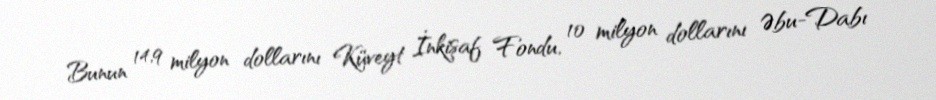
Bunun 14,9 milyon dollarını Küveyt İnkişaf Fondu, 10 milyon dollarını Əbu-Dabı